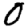
Digit: 0